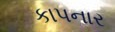
કાપનાર